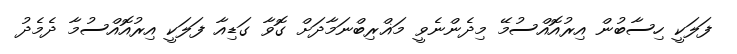
ފަލަކީ ހިސާބުން އިރުއޮއްސުމޭ މިދެންނެވީ މަޣްރިބްނަމާދަށް ގޮވާ ގަޑިއާ ފަލަކީ އިރުއޮއްސުމާ ދެމެދު